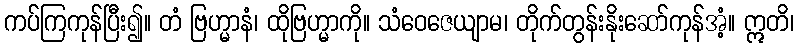
ကပ်ကြကုန်ပြီး၍။ တံ ဗြဟ္မာနံ၊ ထိုဗြဟ္မာကို။ သံဝေဇေယျာမ၊ တိုက်တွန်းနိုးဆော်ကုန်အံ့။ ဣတိ၊